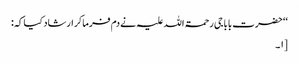
‘‘ حضرت بابا جی رحمۃ اللہ علیہ نے دم فرماکر ارشاد کیا کہ:
[۱۔